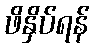
ဖိနှိပ်ရန်